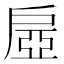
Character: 𢩔